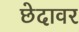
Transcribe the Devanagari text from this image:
छेदावर